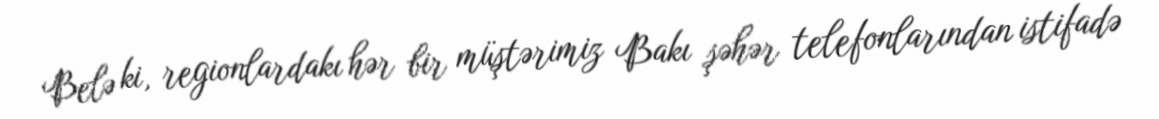
Belə ki, regionlardakı hər bir müştərimiz Bakı şəhər telefonlarından istifadə